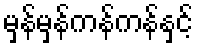
မှန်မှန်ကန်ကန်နှင့်